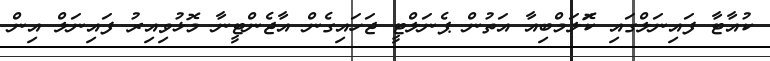
ކުއާޓާ ފައިނަލްގައި ކޮަލަމްބިއާ އަތުން ޕެނަލްޓީ ޖަހައިގެން އާޖެންޓީނާ މޮޅުވިއިރު ފައިނަލް އިން